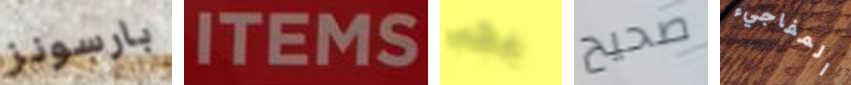
بارسونز ITEMS يجب صحيح المفاجيء